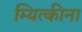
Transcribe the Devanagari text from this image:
म्यित्कीना